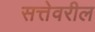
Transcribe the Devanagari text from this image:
सत्तेवरील